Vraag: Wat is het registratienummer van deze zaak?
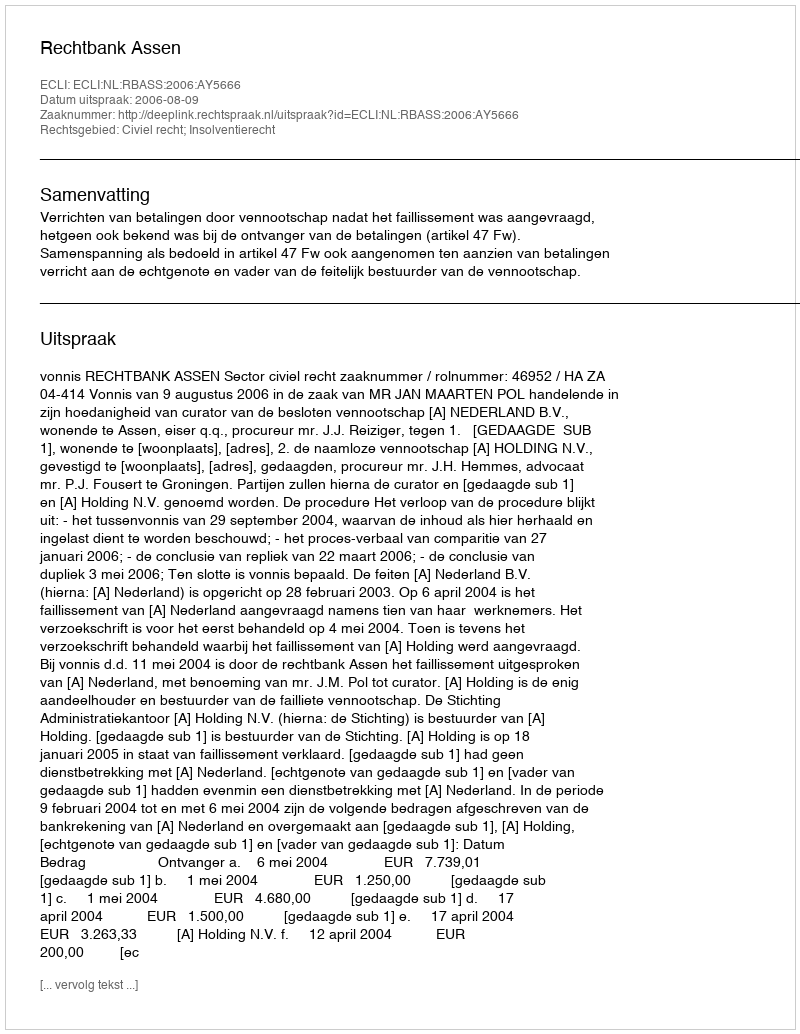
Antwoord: http://deeplink.rechtspraak.nl/uitspraak?id=ECLI:NL:RBASS:2006:AY5666